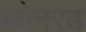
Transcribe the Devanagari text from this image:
कोनरड